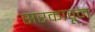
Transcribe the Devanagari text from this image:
सरकावून